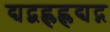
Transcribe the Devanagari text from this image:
द्यद्बह्लह्लद्यद्ग